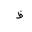
Letter: _za